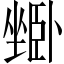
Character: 𱗾